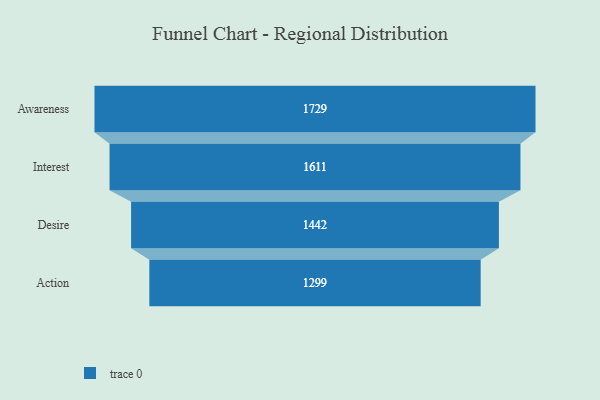
{"axis": {"x": "Stage", "y": "Value"}, "legend": [""], "data": [{"x": "Awareness", "y": 1729.0, "type": ""}, {"x": "Interest", "y": 1611.0, "type": ""}, {"x": "Desire", "y": 1442.0, "type": ""}, {"x": "Action", "y": 1299.0, "type": ""}]}